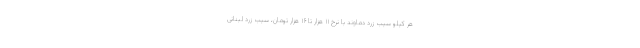
هر کیلو سیب زرد دماوند با نرخ ۱۱ هزار تا ۱۶ هزار تومان، سیب زرد لبنانی